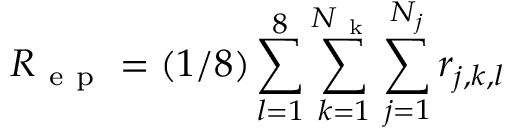
R _ { \mathrm { ~ e ~ p ~ } } = ( 1 / 8 ) \sum _ { l = 1 } ^ { 8 } \sum _ { k = 1 } ^ { N _ { \mathrm { ~ k ~ } } } \sum _ { j = 1 } ^ { N _ { j } } r _ { j , k , l }